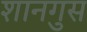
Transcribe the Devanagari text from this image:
शानगुस